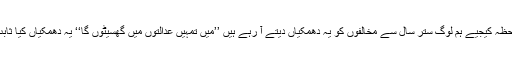
آپ المیہ ملاحظہ کیجیے ہم لوگ ستر سال سے مخالفوں کو یہ دھمکیاں دیتے آ رہے ہیں ’’میں تمہیں عدالتوں میں گھسیٹوں گا‘‘ یہ دھمکیاں کیا ثابت کرتی ہیں؟